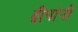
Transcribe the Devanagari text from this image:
द्वीपांनी